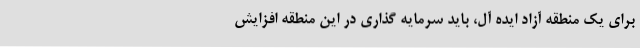
برای یک منطقه آزاد ایده آل، باید سرمایه گذاری در این منطقه افزایش